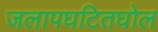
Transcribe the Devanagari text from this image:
जलापघटितघोल